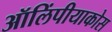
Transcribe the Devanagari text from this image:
ऑलिंपीयाकोस